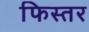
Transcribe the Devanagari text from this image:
फिस्तर